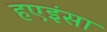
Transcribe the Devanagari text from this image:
हएइंसा